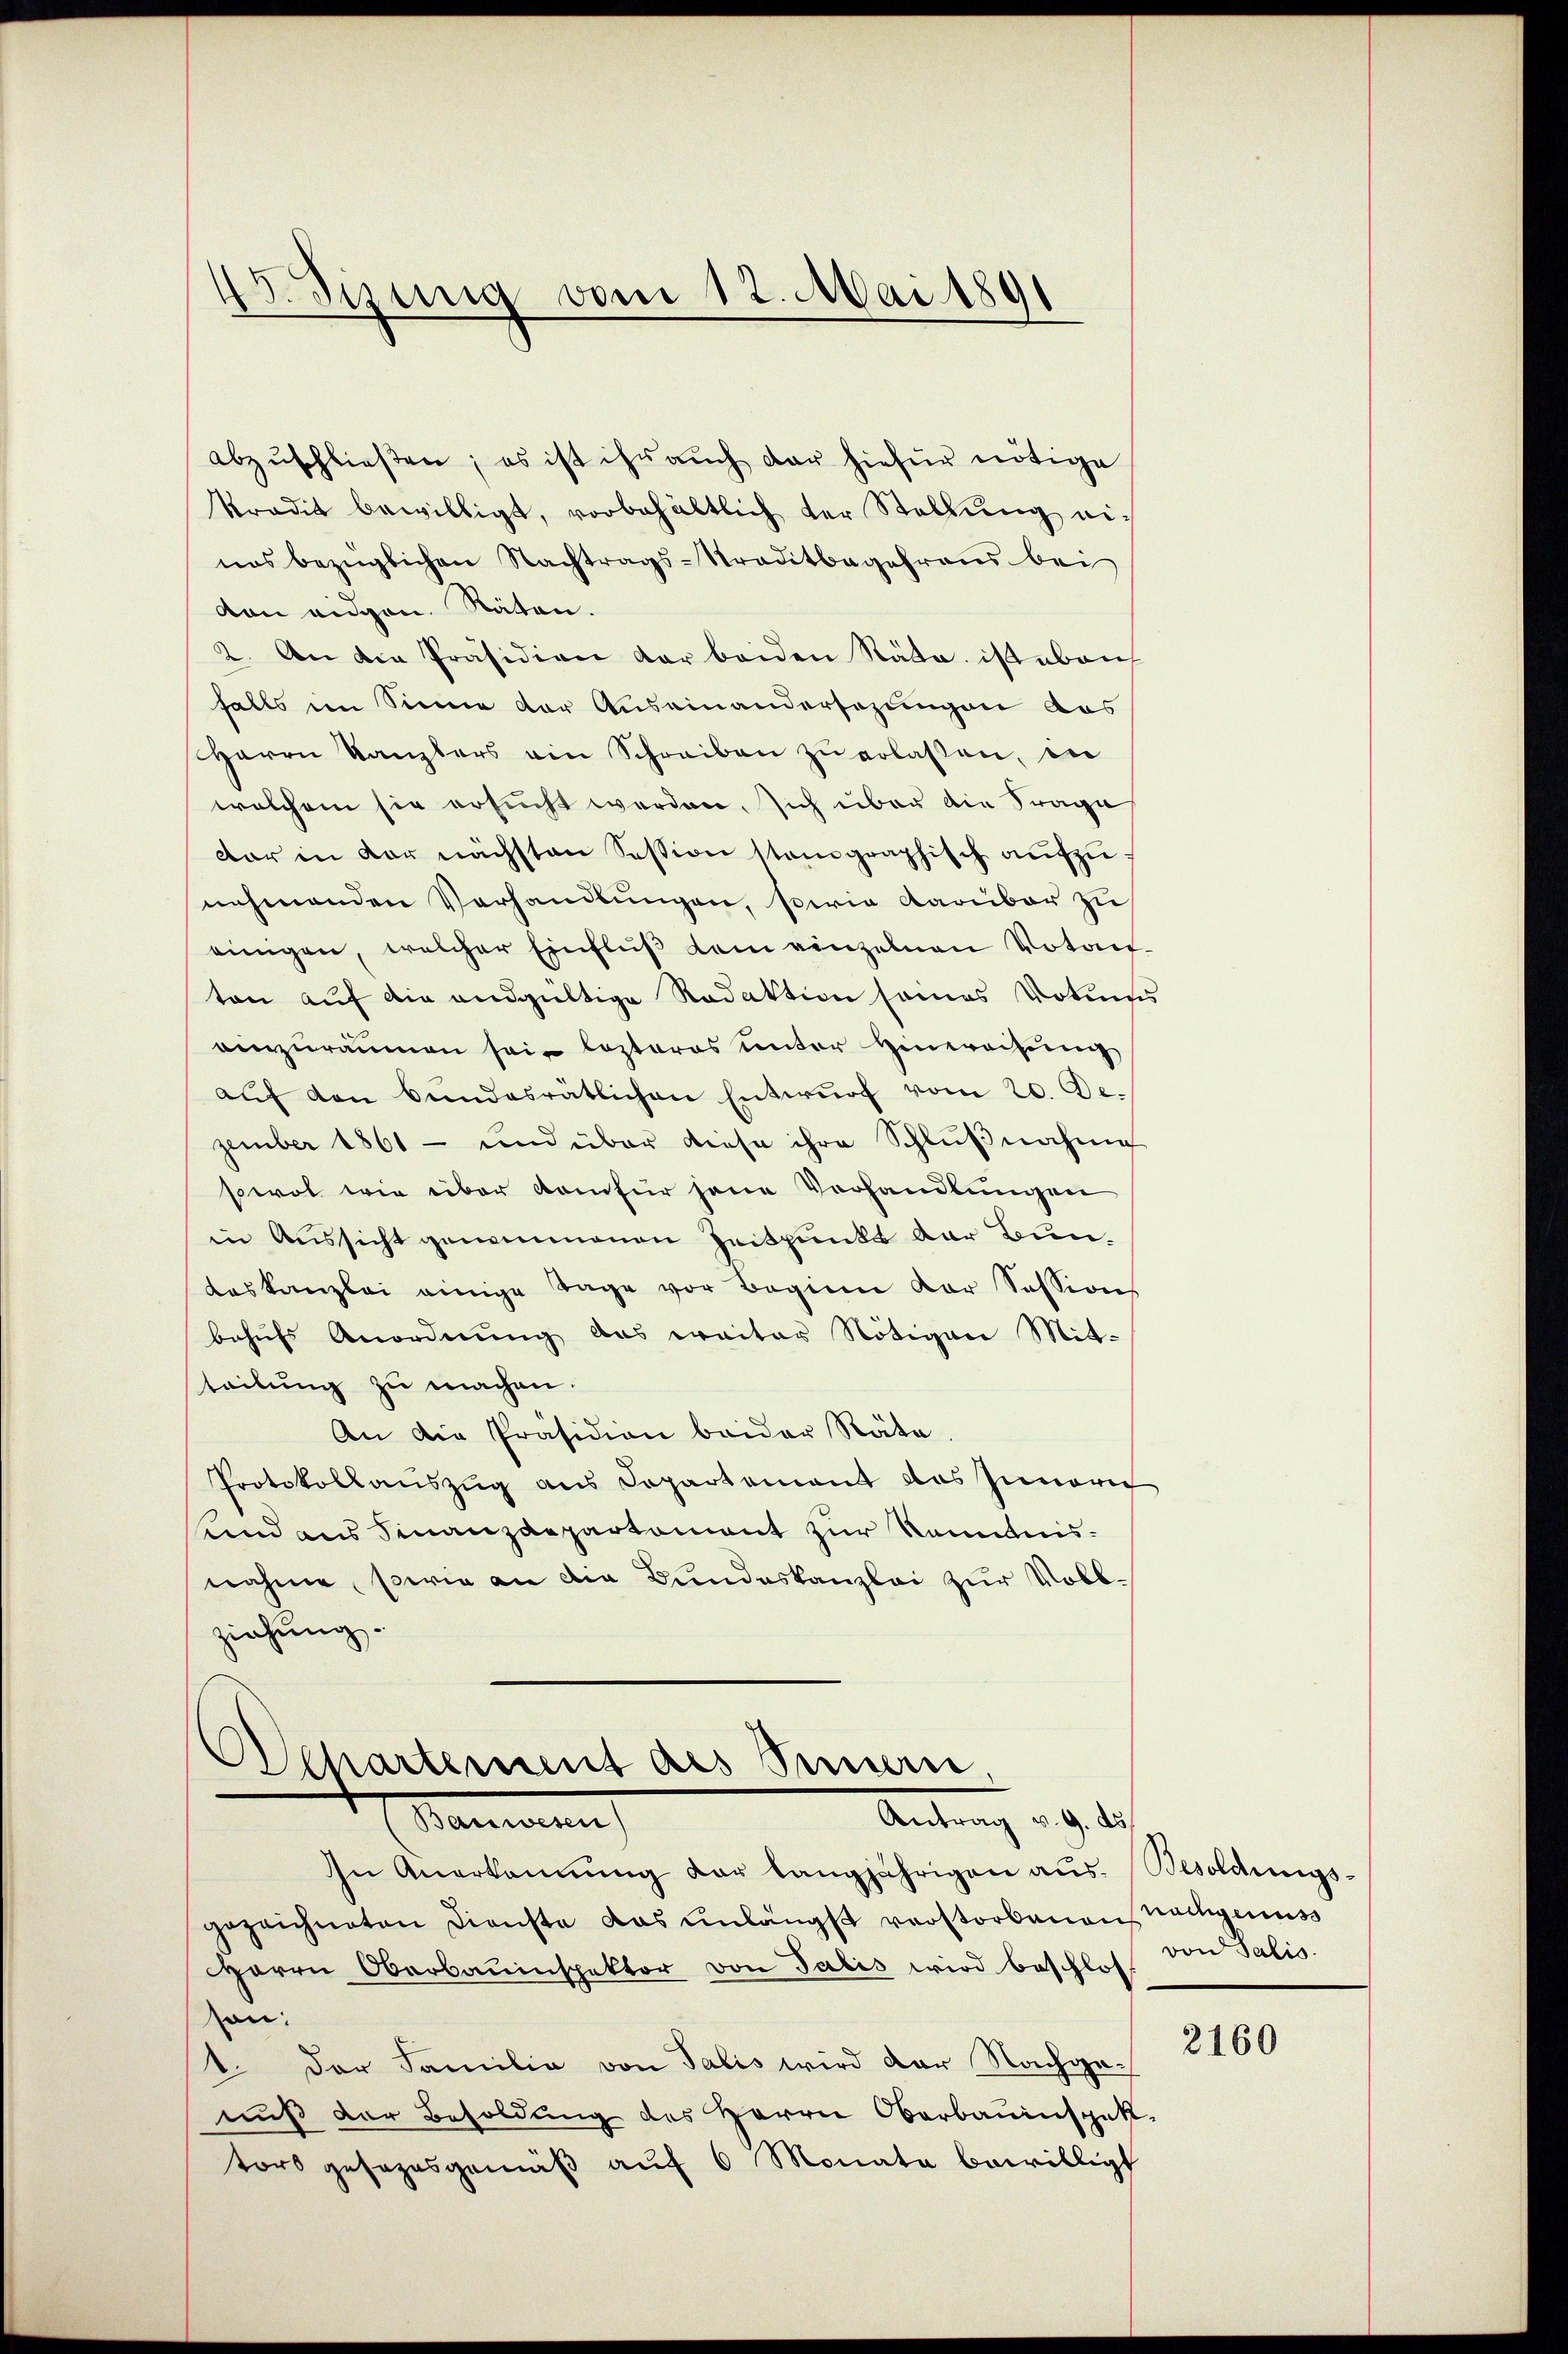
. Sizung vom 12. Mai 1891

abzuschließen; es ist ihr auch dar hiefür nötige
kradit bewilligt, vorbehältlich der Stellŭng einas bezüglichen Nachtrags-Straditbegehraus bei
von eidgen. Räten.
2. An die Präsidien der beiden Räte, ist abrich
falls im Sinne der Auseinandersezungen das
Harrn Kanzlers ein Schreiben zŭ erlaßen, in
welchem sie ersucht werden, sich über die Frage
dar in der nächsten Session stangraphisch aŭfzŭ-
nehmenden Verhandlungen, sowie darüber zu
einigen, welcher Einfluß dem einzelnen Votan
ton auf die endgültige Redaktion seines Votums
einzuräumen sein lezteres unter Hinwachung
aŭf den Bŭndesrätlichen Entwŭrf vom 20. de.
zember 1861 - und über diese ihre Schlŭβnahme
sowol wie über kam für jene Verhandlungen
in Aussicht genommenen Zeitpunkt der Bundeskanzlei einige Tage vor Beginn vor Session
behŭfs Anordnŭng das weiter Nötigen Mit-
teilung zu machen.
An die Präsidion beider Räte
Protokollauszug aus Departement das Innern
und aus Finanzdepartament zur Kenntnisnahme, sowie an die Bundeskanzlei zur Vollziehung.

Departement des Sinnern
Antrag u. 9. d.
(Sanen

In Anerkannŭng der langjährigen aŭs. Besoldungs-
gezeichneten Dienste das unlängst verstorbenen nachgenuss
Herrn Oberbauinspektor von Talis wird beschlos
on:
1. Der Familie von Talis wird der Nachgenuß der Besoldung des Herrn Oberbauinspek
tors gesezesgemäß auf 6 Monata bewilligt

von Salis

2160